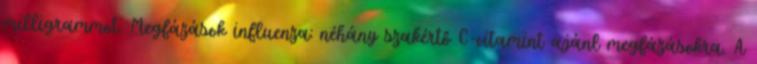
milligrammot. Megfázások influenza: néhány szakértő C-vitamint ajánl megfázásokra. A